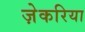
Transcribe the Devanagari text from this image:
ज़ेकरिया